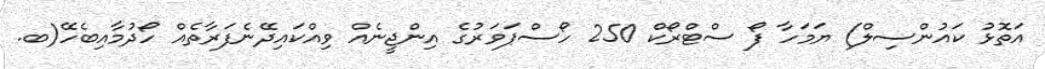
އަތޮޅު ކައުންސިލް) ޔަމަހާ ފޯ ސްޓްރޯކް 250 ހޯސްޕަވަރުގެ އިންޖީނެއް ވިއްކައިދޭނެފަރާތެއް ހޯދުމާއިބެހޭ(ބ.